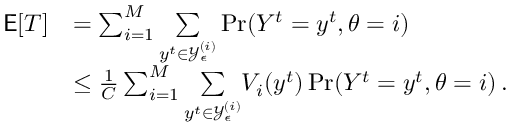
\begin{array} { r l r } { \mathsf { E } [ T ] } & { = \sum _ { i = 1 } ^ { M } \underset { y ^ { t } \in \mathcal { Y } _ { \epsilon } ^ { ( i ) } } { \sum } \operatorname* { P r } ( Y ^ { t } = y ^ { t } , \theta = i ) } & \\ & { \le \frac { 1 } { C } \sum _ { i = 1 } ^ { M } \underset { y ^ { t } \in \mathcal { Y } _ { \epsilon } ^ { ( i ) } } { \sum } V _ { i } ( y ^ { t } ) \operatorname* { P r } ( Y ^ { t } = y ^ { t } , \theta = i ) \, . } & \end{array}